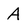
Character: A